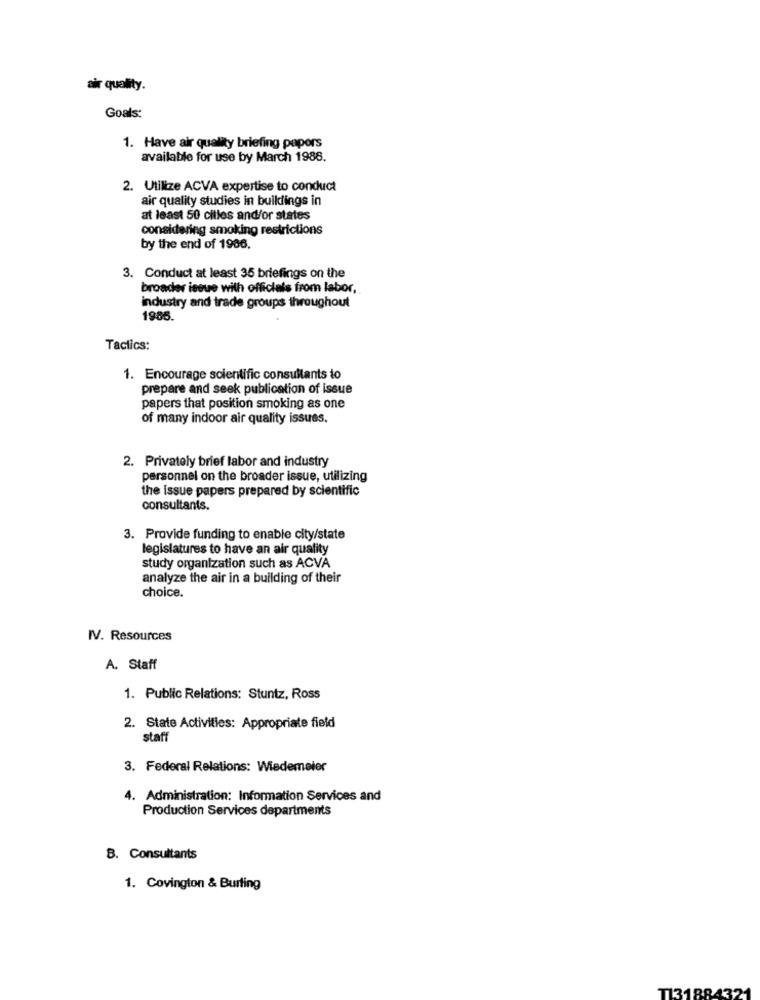
air quality.
Goals:
1. Have air quality briefing papers
available for use by March 1988.
2. Utilize ACVA expertise to conduct
air quality studies in buildings in
at least 50 cities and/or states
considering smoking restrictions
by the end of 1986.
3. Conduct at least 35 briefings on the
broader issue with officials from labor,
industry and trade groups throughout
1985.
Tactics:
1. Encourage scientific consultants to
prepare and seek publication of issue
papers that position smoking as one
of many indoor air quality issues.
2. Privately brief labor and industry
personnel on the broader issue, utilizing
the issue papers prepared by scientific
consultants.
3. Provide funding to enable city/state
legislatures to have an air quality
study organization such as ACVA
analyze the air in a building of their
choice.
IV. Resources
A. Staff
1. Public Relations: Stuntz, Ross
2. State Activities: Appropriate field
staff
3. Federal Relations: Wiedemeier
4. Administration: Information Services and
Production Services departments
B. Consultants
1. Covington & Burling
T131884321